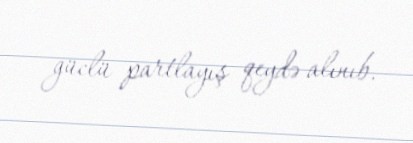
güclü partlayış qeydə alınıb.